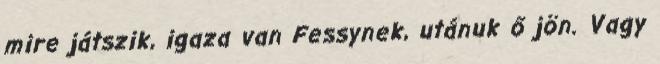
mire játszik, igaza van Fessynek, utánuk ő jön. Vagy